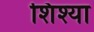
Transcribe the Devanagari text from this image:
शिश्या